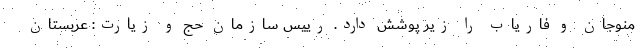
منوجان و فاریاب را زیر پوشش دارد. رییس سازمان حج و زیارت: عربستان